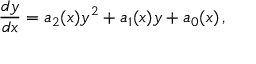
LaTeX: \frac { d y } { d x } = a _ { 2 } ( x ) y ^ { 2 } + a _ { 1 } ( x ) y + a _ { 0 } ( x ) \, ,